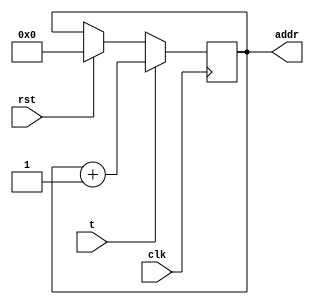
module audio_counter(
	input clk,
	input rst,
	input t,
	output reg [4:0] addr
);

	initial addr = 5'd0;
	
	always@(posedge clk)
		if(t)
			addr <= addr + 5'd1;
		else if(rst)
			addr <= 5'd0;

			
endmodule